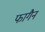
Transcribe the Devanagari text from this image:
फागैन